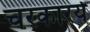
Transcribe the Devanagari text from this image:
चरकारर्य